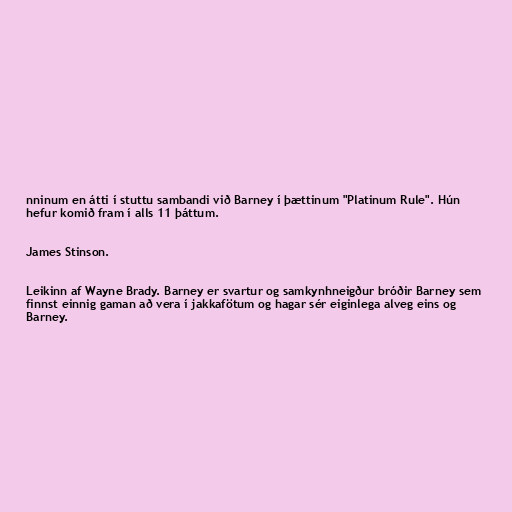
nninum en átti í stuttu sambandi við Barney í þættinum "Platinum Rule". Hún
hefur komið fram í alls 11 þáttum.

James Stinson.

Leikinn af Wayne Brady. Barney er svartur og samkynhneigður bróðir Barney sem
finnst einnig gaman að vera í jakkafötum og hagar sér eiginlega alveg eins og
Barney.